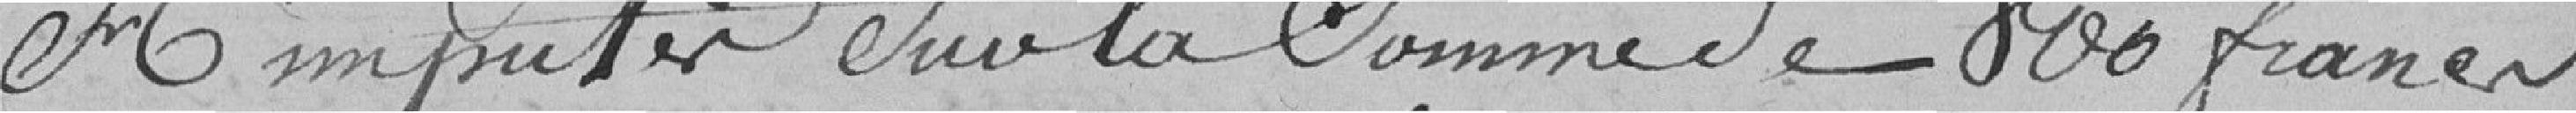
A imputer sur la somme de 800 francs